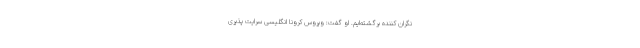
نگران کننده‌ برگشته‌ایم. او گفت: ویروس کرونا انگلیسی سرایت پذیری